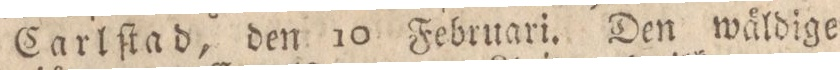
Carlſtad, den 10 Februari. Den wäldige